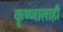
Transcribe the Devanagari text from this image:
कृष्णालाही